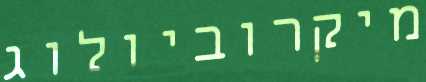
מיקרוביולוג